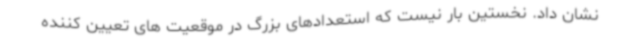
نشان داد. نخستین بار نیست که استعدادهای بزرگ در موقعیت های تعیین کننده